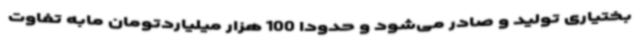
بختیاری تولید و صادر می‌شود و حدودا 100 هزار میلیاردتومان مابه تفاوت